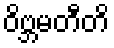
ဝိဗ္ဘမတီတိ